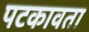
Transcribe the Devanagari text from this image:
पटकावता